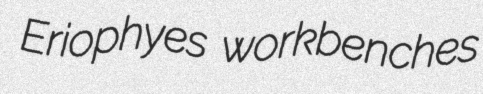
Eriophyes workbenches